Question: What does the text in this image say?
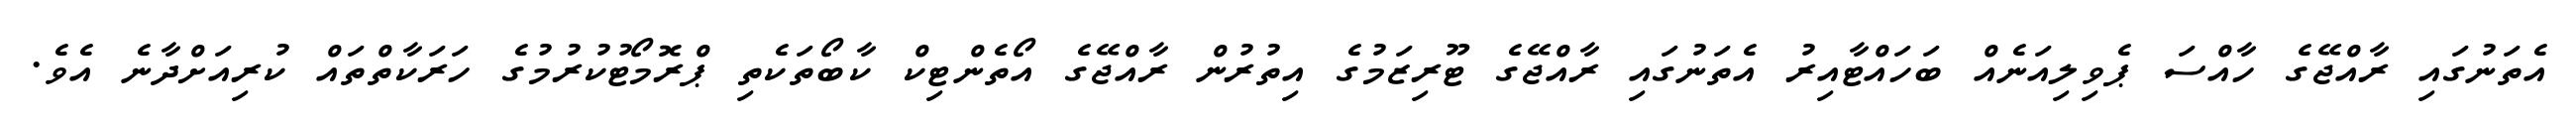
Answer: އެތަނުގައި ރާއްޖޭގެ ހާއްސަ ޕެވިލިއަނެއް ބަހައްޓާއިރު އެތަނުގައި ރާއްޖޭގެ ޓޫރިޒަމުގެ އިތުރުން ރާއްޖޭގެ އޯތެންޓިކް ކާބޯތަކެތި ޕްރޮމޯޓުކުރުމުގެ ހަރަކާތްތައް ކުރިއަށްދާނެ އެވެ.